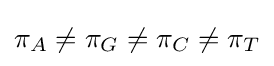
\pi _{A}\neq \pi _{G}\neq \pi _{C}\neq \pi _{T}